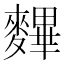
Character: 𪍪